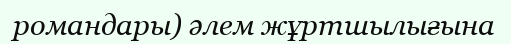
романдары) әлем жұртшылығына